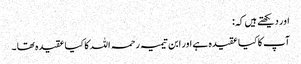
اور دیکھتے ہیں کہ:
آپ کا کیا عقیدہ ہے اور ابن تیمیہ رحمہ اللہ کا کیا عقیدہ تھا ۔